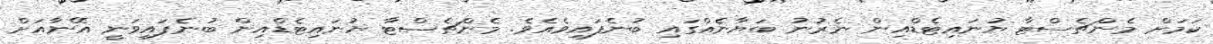
ކަމަށް މެންޗެސްޓާ ޔުނައިޓެޑްއިން ނެރުނު ބަޔާނެއްގައި ބުނެފައިވެއެވެ. މެންޗެސްޓާ ޔުނައިޓެޑްއިން ބުނެފައިވަނީ އޭނާއަށް